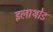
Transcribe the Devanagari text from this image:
इलाथोड